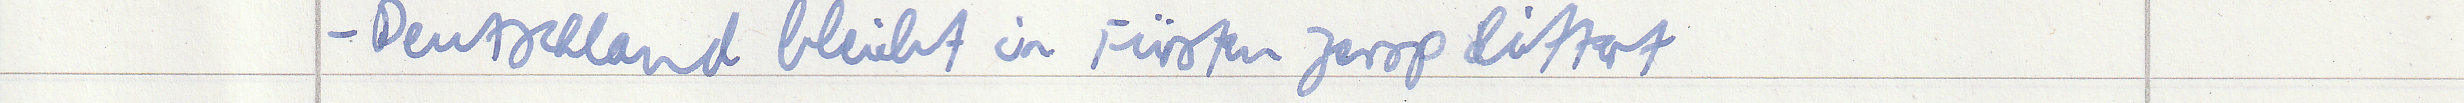
- Deutschland bleibt in Fürsten zersplittert